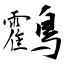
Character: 鸖